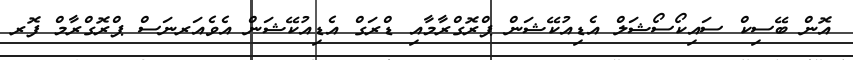
އޮން ބޭސިކް ސައިކޯސޯޝަލް އެޑިއުކޭޝަން ޕްރޮގްރާމާއި ޑްރަގް އެޑިއުކޭޝަން އެވެއަރނަސް ޕްރޮގްރާމް ފޮރ